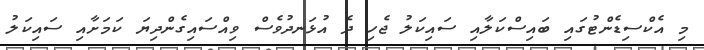
މި އެކްސިޑެންޓުގައި ބައިސްކަލާއި ސައިކަލު ޖެހި ދެ އުޅަނދުވެސް ވިއްސައިގެންދިޔަ ކަމަށާއި ސައިކަލު